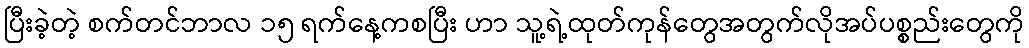
ပြီးခဲ့တဲ့ စက်တင်ဘာလ ၁၅ ရက်နေ့ကစပြီး ဟာ သူ့ရဲ့ထုတ်ကုန်တွေအတွက်လိုအပ်ပစ္စည်းတွေကို